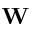
\mathbf { W }